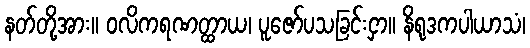
နတ်တို့အား။ ဝလိကရဏတ္ထာယ၊ ပူဇော်ပသခြင်းငှာ။ နိရုဒကပါယာသံ၊